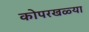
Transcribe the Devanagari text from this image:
कोपरखळ्या